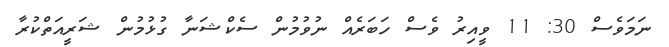
ނަމަވެސް 30: 11 ވީއިރު ވެސް ހަބަރެއް ނުވުމުން ސެކްޝަނާ ގުޅުމުން ޝަރީއަތްކުރާ